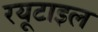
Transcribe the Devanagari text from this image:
रयूटाइल